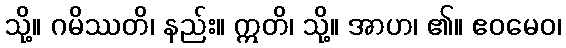
သို့။ ဂမိဿတိ၊ နည်း။ ဣတိ၊ သို့။ အာဟ၊ ၏။ ဧဝမေဝ၊